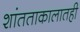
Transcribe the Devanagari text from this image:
शांतताकालातही